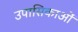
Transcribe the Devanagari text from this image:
उपासिकाओं